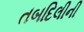
તબદિલીની